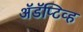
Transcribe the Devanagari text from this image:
अॅडॅप्टिव्ह